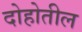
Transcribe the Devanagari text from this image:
दोहोतील